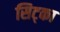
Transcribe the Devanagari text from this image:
सिट्का